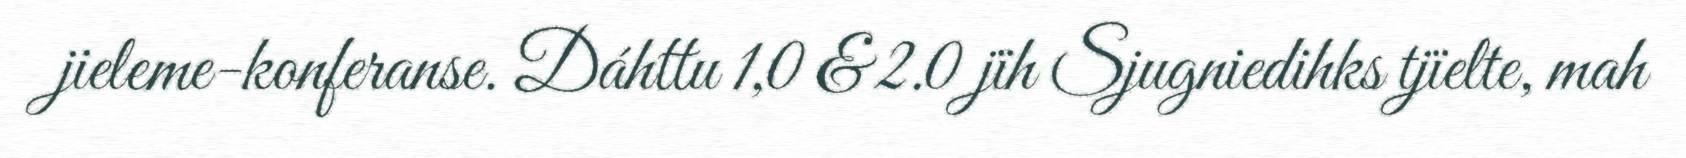
jieleme-konferanse. Dáhttu 1,0 & 2.0 jïh Sjugniedihks tjïelte, mah